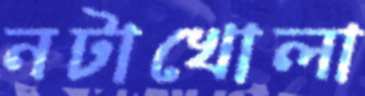
নটাখোলা